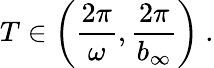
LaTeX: T\in\left(\frac{2\pi}{\omega},\frac{2\pi}{b_{\infty}}\right)\ .